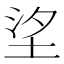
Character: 𡋆